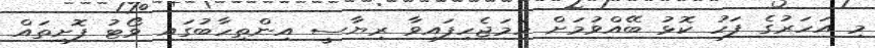
މި އަހަރުގެ ފަހު ކޮޅު ބޭއްވުމަށް ހަމަޖެހިފައިވާ ރިޔާސީ އިންތިހާބުގައި ވޯޓު ފޮށިތައް